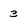
Character: 3